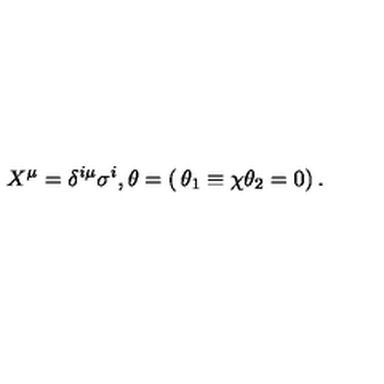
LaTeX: X ^ { \mu } = \delta ^ { i \mu } \sigma ^ { i } , \theta = \left( \begin{matrix} { \theta _ { 1 } \equiv \chi } \\ { \theta _ { 2 } = 0 } \\ \end{matrix} \right) .